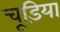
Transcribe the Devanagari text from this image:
चूड़िया